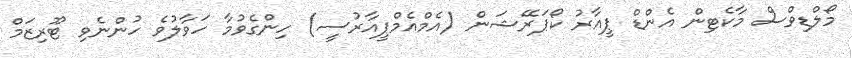
މޯލްޑިވްސް މާކެޓިން އެންޑް ޕީއާރު ކޯޕަރޭޝަން (އެމްއެމްޕީއާރުސީ) ހިންގެވުމާ ހަވާލުވެ ހުންނެވި ޓޫރިޒަމް